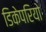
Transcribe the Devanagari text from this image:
डिकेपरियो